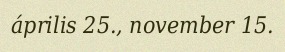
április 25., november 15.